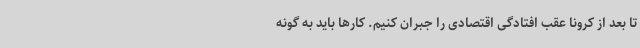
تا بعد از کرونا عقب افتادگی اقتصادی را جبران کنیم. کارها باید به گونه